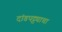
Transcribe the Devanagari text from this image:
दांडपट्ट्याचा